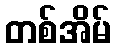
တစ်အိမ်